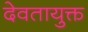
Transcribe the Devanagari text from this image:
देवतायुक्त